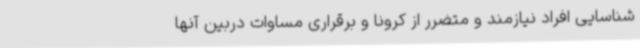
شناسایی افراد نیازمند و متضرر از کرونا و برقراری مساوات دربین آنها